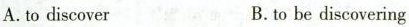
A.to discover B.to be discovering